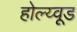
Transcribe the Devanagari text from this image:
होल्य्वूड